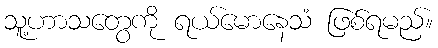
သူ့ဟာသတွေကို ရယ်မောနေသံ ဖြစ်ရမည်။